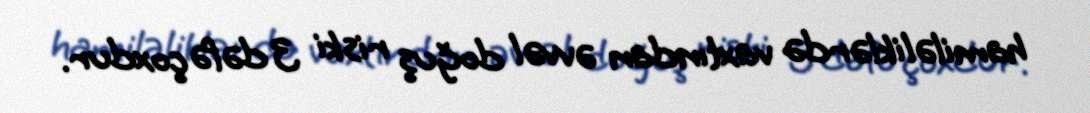
hamiləliklərdə vaxtından əvvəl doğuş riski 3 dəfə çoxdur.